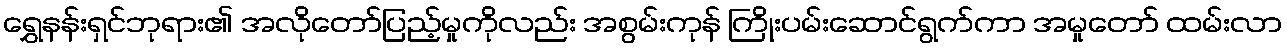
ရွှေနန်းရှင်ဘုရား၏ အလိုတော်ပြည့်မှုကိုလည်း အစွမ်းကုန် ကြိုးပမ်းဆောင်ရွက်ကာ အမှုတော် ထမ်းလာ